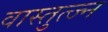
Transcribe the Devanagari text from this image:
वास्तुत्ज्न